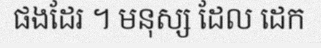
ផងដែរ ។ មនុស្ស ដែល ដេក